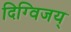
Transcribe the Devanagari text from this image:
दिग्विजय्